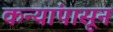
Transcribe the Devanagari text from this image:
कन्यांपासून